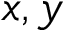
x , y